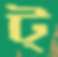
ট্